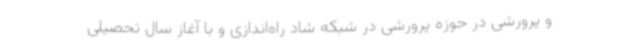
و پرورشی در حوزه پرورشی در شبکه شاد راه‌اندازی و با آغاز سال تحصیلی